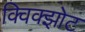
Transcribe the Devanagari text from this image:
क्विक्झोट